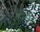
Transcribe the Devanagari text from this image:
मनेल